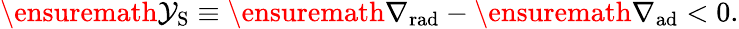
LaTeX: \ensuremath{\mathcal{Y}_{\mathrm{{S}}}}\equiv\ensuremath{\nabla_{\mathrm{{rad}}}}-\ensuremath{\nabla_{\mathrm{{ad}}}}<0.